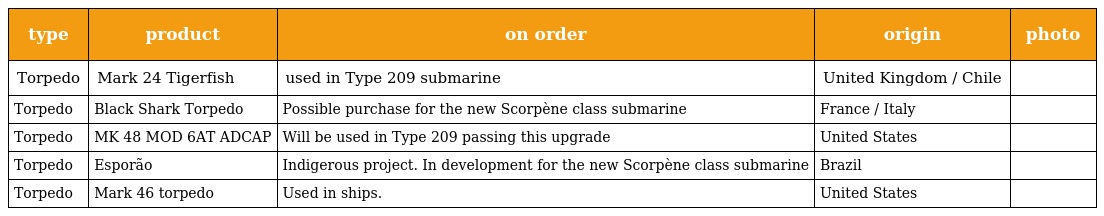
| type | product | on order | origin | photo |
 | --- | --- | --- | --- | --- |
 | Torpedo | Mark 24 Tigerfish | used in Type 209 submarine | United Kingdom / Chile |  |
 | Torpedo | Black Shark Torpedo | Possible purchase for the new Scorpène class submarine | France / Italy |  |
 | Torpedo | MK 48 MOD 6AT ADCAP | Will be used in Type 209 passing this upgrade | United States |  |
 | Torpedo | Esporão | Indigerous project. In development for the new Scorpène class submarine | Brazil |  |
 | Torpedo | Mark 46 torpedo | Used in ships. | United States |  |